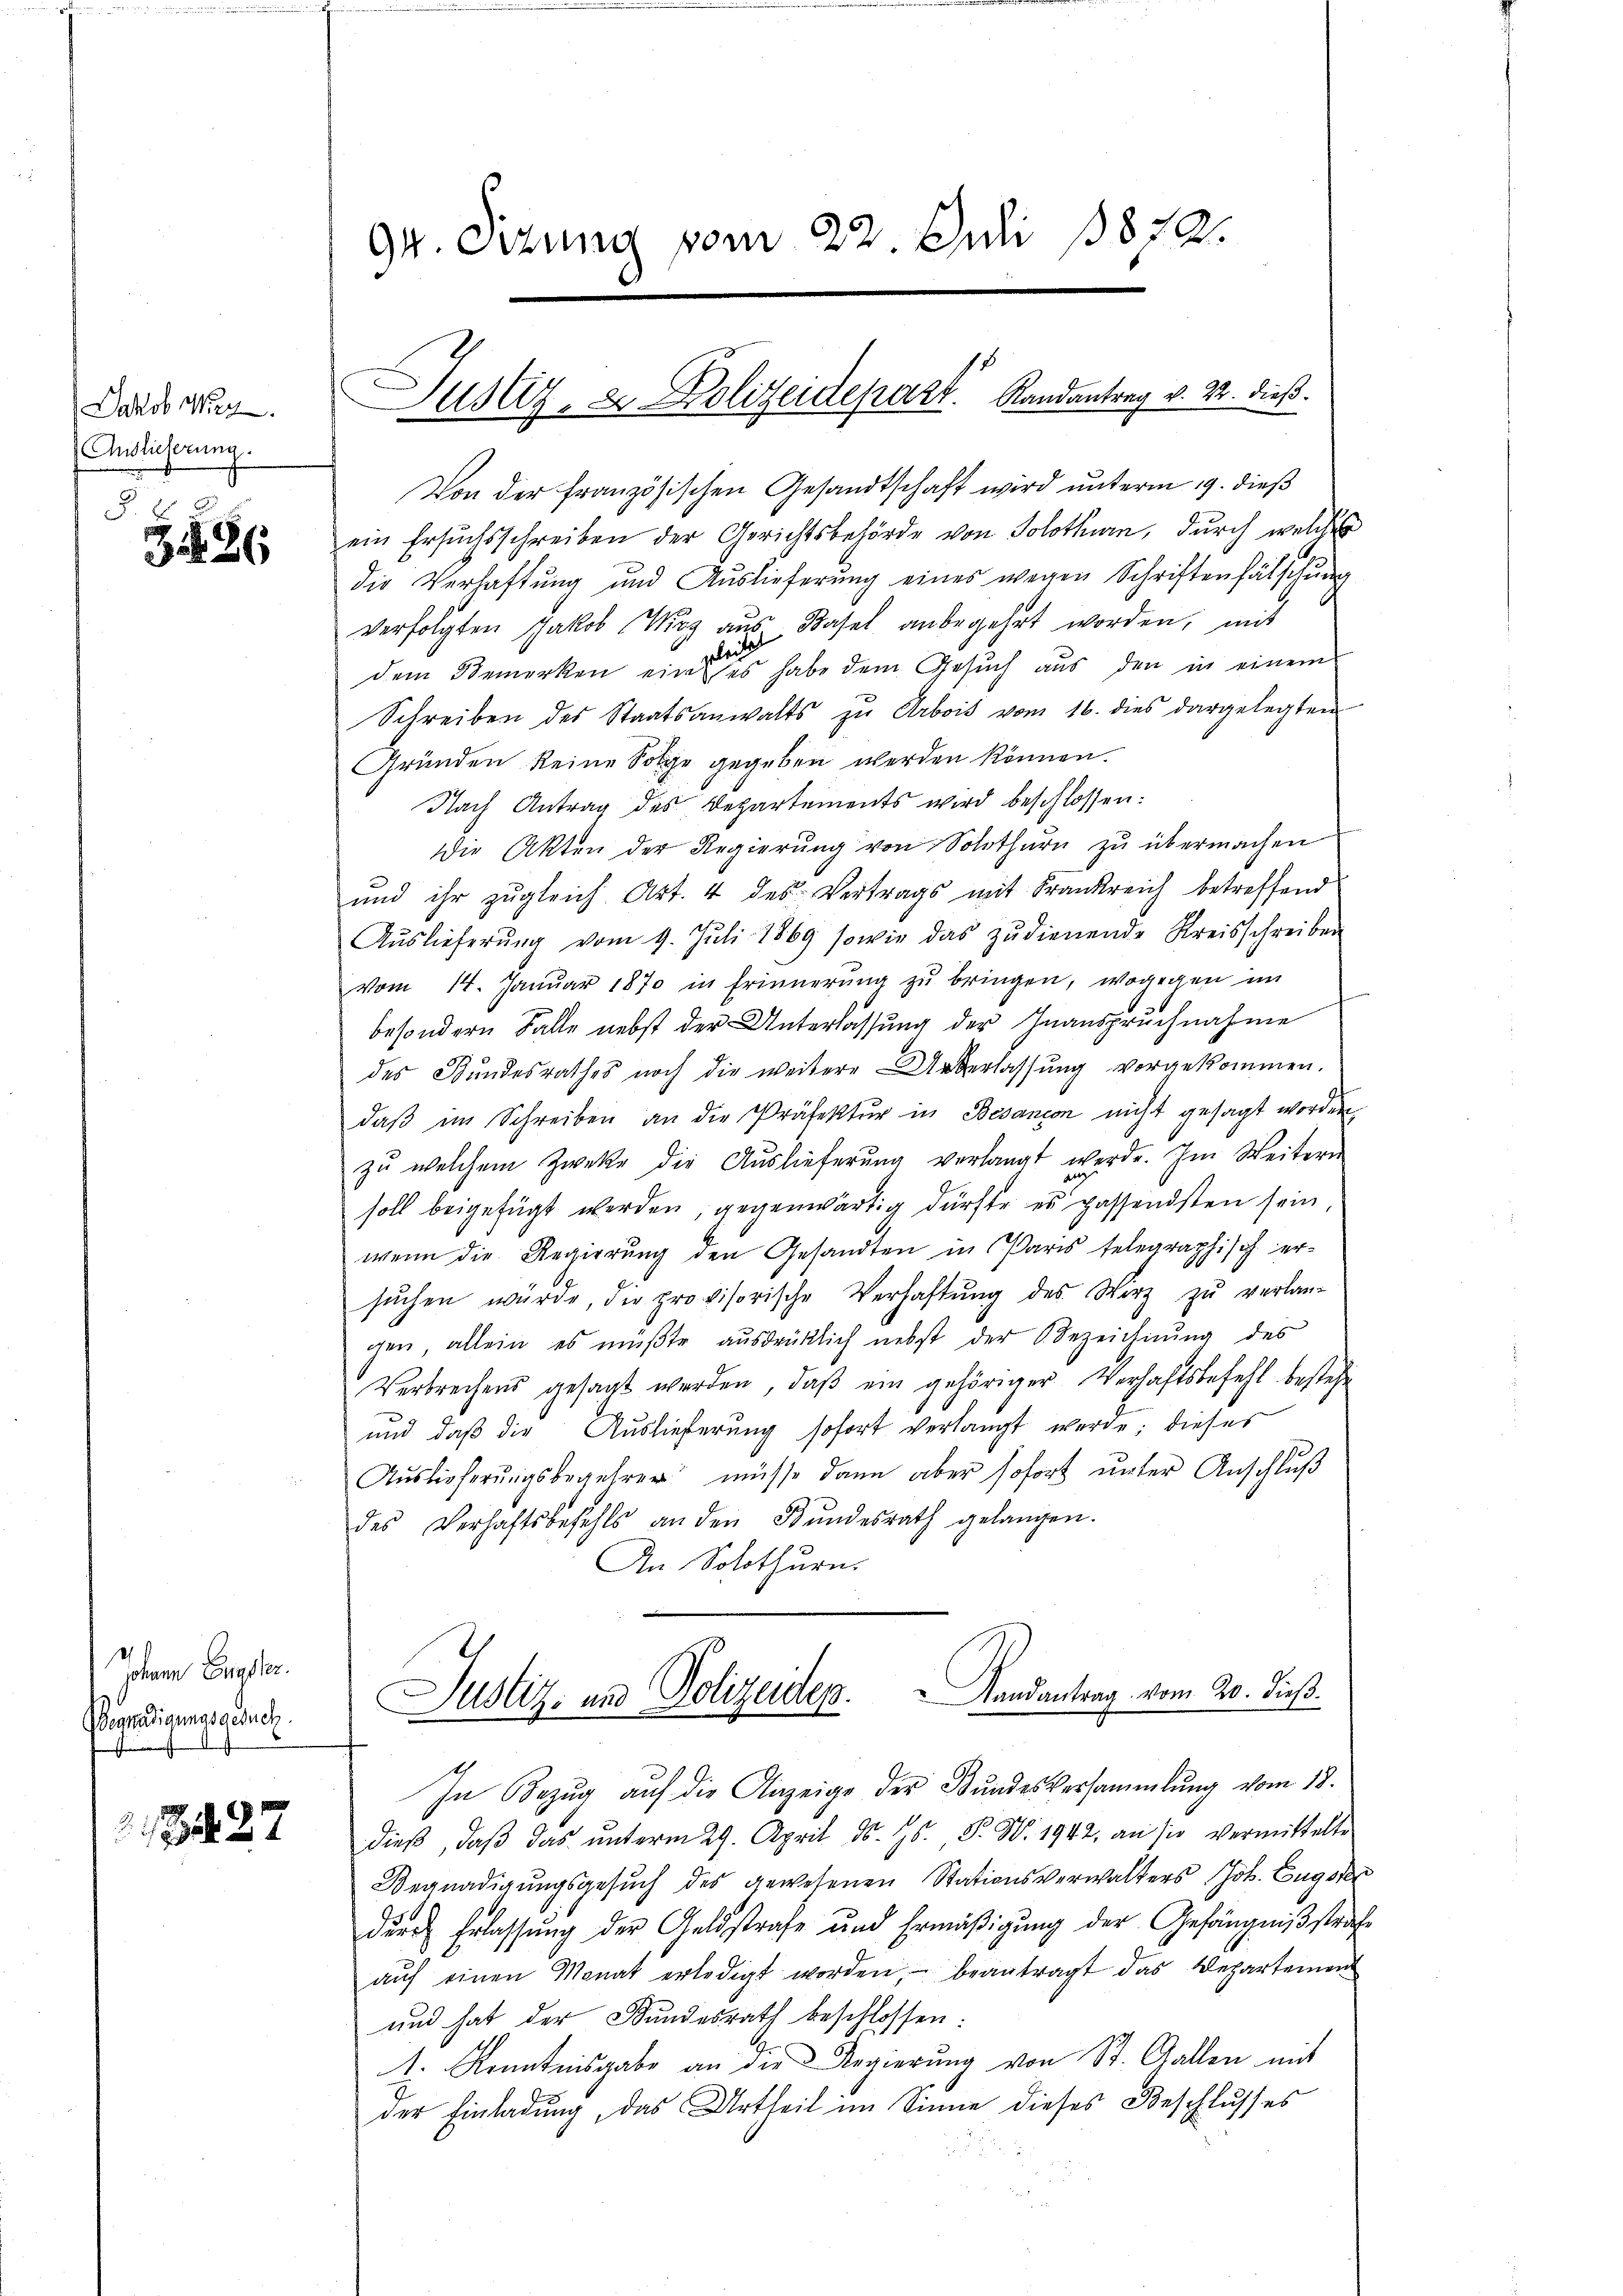
Jakob Met
Auslieferung.

E
386

Jahren Grasser.
Begnadigungsgesuch.
.

27

Gr. Ottung vom 22. Juli 1872.

Von der französischen Gesandtschaft wird unterm 19. dieß
ein Ersuchsschreiben der Gerichtsbehörde von Solothurn, durch welches
die Verhaftung und Auslieferŭng eines wegen Schriftenfälschŭng
verfolgten Jakob Woz aŭs Basel anbegehrt worden, mit
dem Bemerken einer es habe dem Gesuch aus den in einem
Schreiben des Staatsanwalts zŭ Arbois vom 16. dies dargelegten
Gründen keine Folge gegeben werden können.
Nach Antrag des Departements wird beschlossen:
dDie Akten der Regierŭng von Solothurn zŭ übermachen
und ihr zugleich Art. 4 des Vertrags mit Frankreich betreffend
Aŭslieferŭng vom 9. Juli 1869 sowie das zŭdienende Kreisschreiben
vom 14. Janŭar 1870 in Erinnerŭng zŭ bringen, wogegen im
besondern Falle nebst der Unterlassung der Inanspruchnahme
des Bundesrathes noch die weitere Unterlassŭng vorgekommen.
daβ im Schreiben an die Präfektŭr in Besançon nicht gesagt worden,
zu welchem Zwecke die Auslieferŭng verlangt werde. Im Weitern
dr
soll beigefügt werden, gegenwärtig dürfte es passendsten sein
wenn die Regierung den Gesandten in Paris telegraphisch ersŭchen würde, die provisorische Verhaftung des Wirz zu verlan-
gen, allein es müßte ausdrücklich nebst der Bezeichnŭng des
Verbrechens gesagt werden, daβ ein gehöriger Verhaftsbefehl bestehe
und daß die Auslieferung sofort verlangt werde; dieses
Auslieferŭngsbegehrer müsse dann aber sofort unter Anschluß
des Verhaftsbefehls an den Bŭndesrath gelangen.
An Solothurn.
Justiz- und Polizeides. Landantrag vom 20. dieß.
In Bezug auf die Anzeige der Bundesversammlung vom 18.
dieβ, daβ das ŭnterm 29. April d. Js. F. W. 1942. an sie vermittelte
Begnadigungsgesŭch des gewesenen Stationsverwalters Joh. Engsten
durch Erlassung der Geldstrafe und Ermäßigung der Gefängnißstrafe
aŭf einen Monat erledigt worden, beantragt das Departement
und hat der Bundesrath beschlossen:
1. Kenntnisgabe an die Regierŭng von St. Gallen mit
der Einladung, das Urtheil im Sinne dieses Beschlusses

Justiz- & Polizeidepart Randantrag v. 22. dieß.